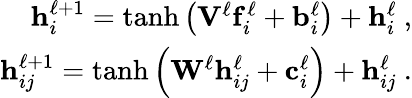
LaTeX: \begin{array}{r}{\mathbf h_{i}^{\ell+1}=\operatorname{tanh}\left(\mathbf V^{\ell}\mathbf f_{i}^{\ell}+\mathbf b_{i}^{\ell}\right)+\mathbf h_{i}^{\ell}\ ,}\\ {\mathbf h_{ij}^{\ell+1}=\operatorname{tanh}\left(\mathbf W^{\ell}\mathbf h_{ij}^{\ell}+\mathbf c_{i}^{\ell}\right)+\mathbf h_{ij}^{\ell}\ .}\end{array}